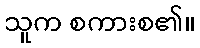
သူက စကားစ၏။